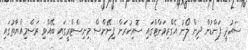
ސައުދީ ފަންޑުން ދިން ލޯނު އެގްރިމަންޓްގައި ސޮއިކުރަން ފިނޭންސް މިނިސްޓްރީގައި ބޭއްވި ރަސްމިއްޔާތުގައި